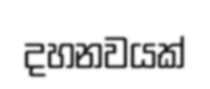
දහනවයක්